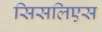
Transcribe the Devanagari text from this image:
सिसलिएस